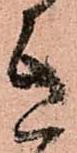
き